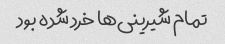
تمام شیرینی‌ها خرد شده بود